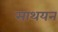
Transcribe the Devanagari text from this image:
साथयन